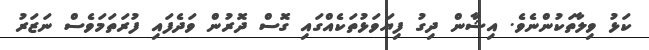
ކަޅު ވިލާތަކުންނެވެ. އިޝާން ދިގު ފިޔަވަޅުތަކެއްގައި ގޮސް ދޮރުން ވަދެފައި ފުރަތަމަވެސް ނަޒަރު